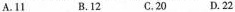
A.1 B.12 C.20 D.22